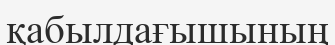
қабылдағышының